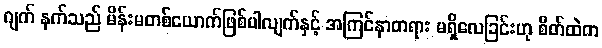
ဂျက် နက်သည် မိန်းမတစ်ယောက်ဖြစ်ပါလျက်နှင့် အကြင်နာတရား မရှိလေခြင်းဟု စိတ်ထဲက